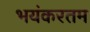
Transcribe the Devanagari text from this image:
भयंकरतम